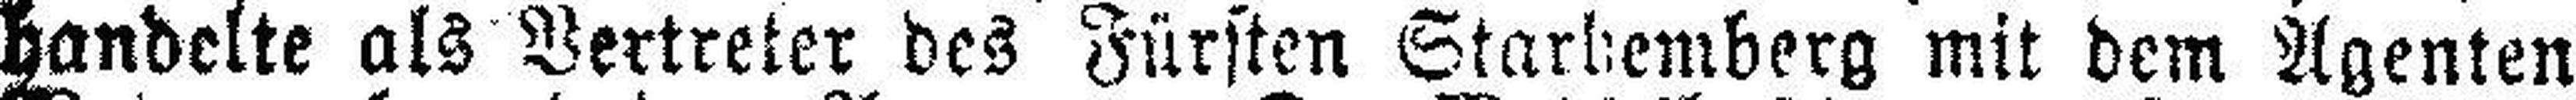
handelte als Vertreter des Fürsten Starthemberg mit dem Agenten